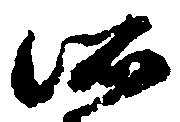
所